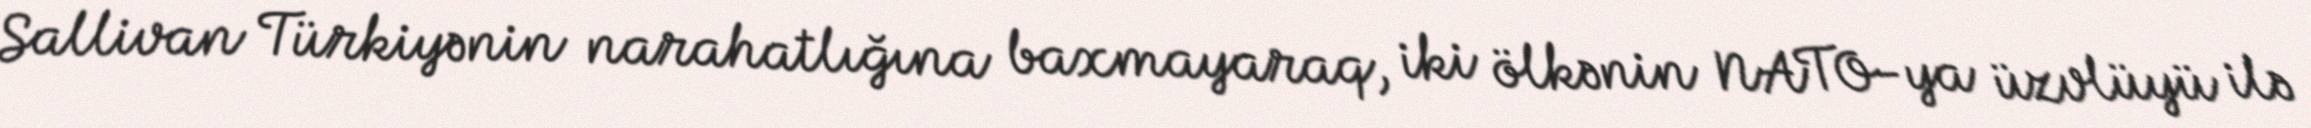
Sallivan Türkiyənin narahatlığına baxmayaraq, iki ölkənin NATO-ya üzvlüyü ilə